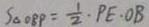
S _ { \Delta O B P } = \frac { 1 } { 2 } \cdot P E \cdot O B